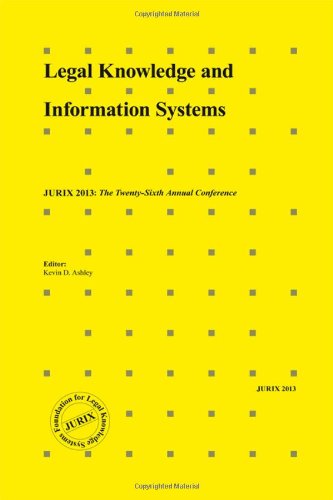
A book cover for Legal Knowledge and Information Systems:  JURIX 2013: The Twenty-Sixth Annual Conference (Frontiers in Artificial Intelligence and Applications); IOS Press; Law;